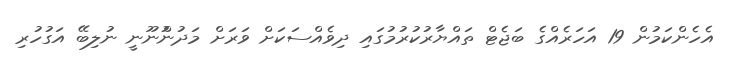
އެހެންކަމުން 19 އަހަރެއްގެ ބަޖެޓް ތައްޔާރުކުރުމުގައި ދިވެއްސަކަށް ވަރަށް މަދުންުނޫނީ ނުލިބޭ އަގުހުރި